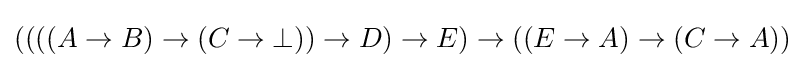
((((A\to B)\to (C\to \bot ))\to D)\to E)\to ((E\to A)\to (C\to A))